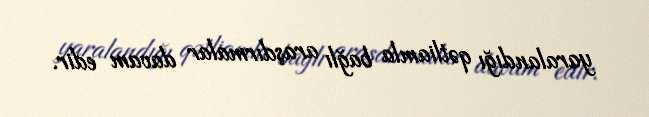
yaralandığı qətliamla bağlı araşdırmalar davam edir.